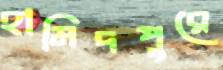
হামিদপুরে